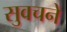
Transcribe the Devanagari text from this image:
सुवचने